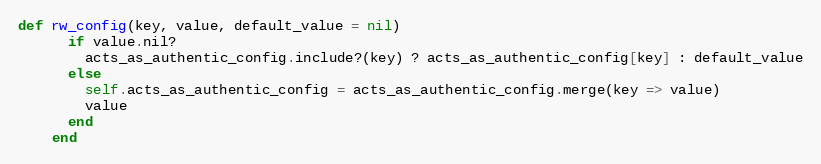
Language: Ruby
def rw_config(key, value, default_value = nil)
      if value.nil?
        acts_as_authentic_config.include?(key) ? acts_as_authentic_config[key] : default_value
      else
        self.acts_as_authentic_config = acts_as_authentic_config.merge(key => value)
        value
      end
    end